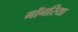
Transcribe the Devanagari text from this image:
गॉनरिया